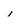
Character: l